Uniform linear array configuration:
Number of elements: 12
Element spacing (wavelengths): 0.25
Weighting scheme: hamming
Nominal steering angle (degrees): -60
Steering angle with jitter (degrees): -60.539
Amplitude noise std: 0.05
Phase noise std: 0.05

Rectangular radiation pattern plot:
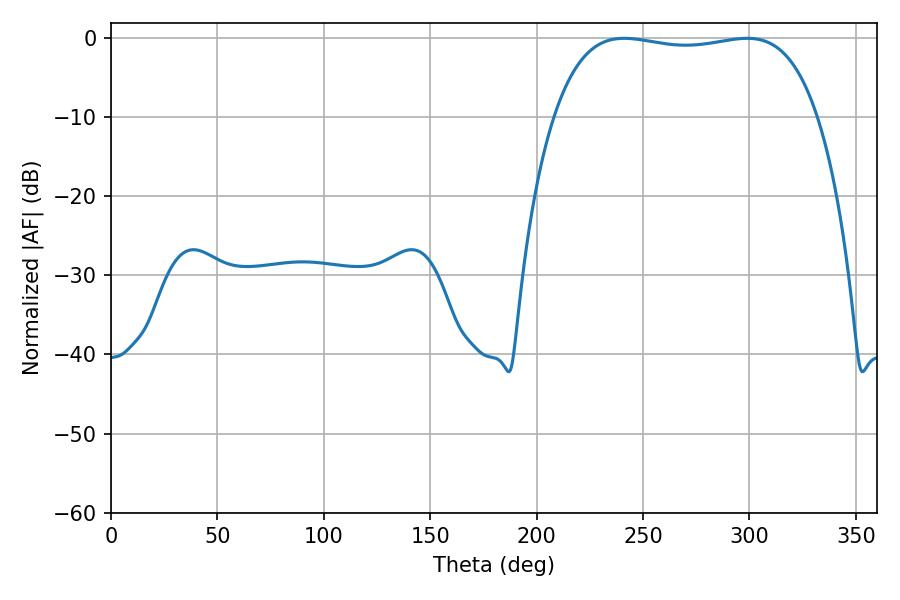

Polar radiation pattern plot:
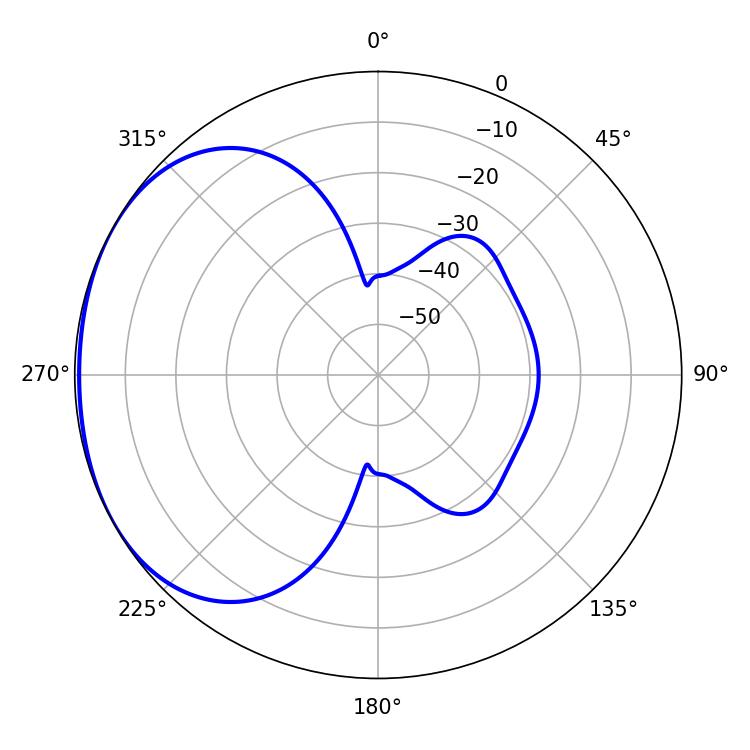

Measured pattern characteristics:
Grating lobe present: FALSE
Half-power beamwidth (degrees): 99.36
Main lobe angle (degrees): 241.02